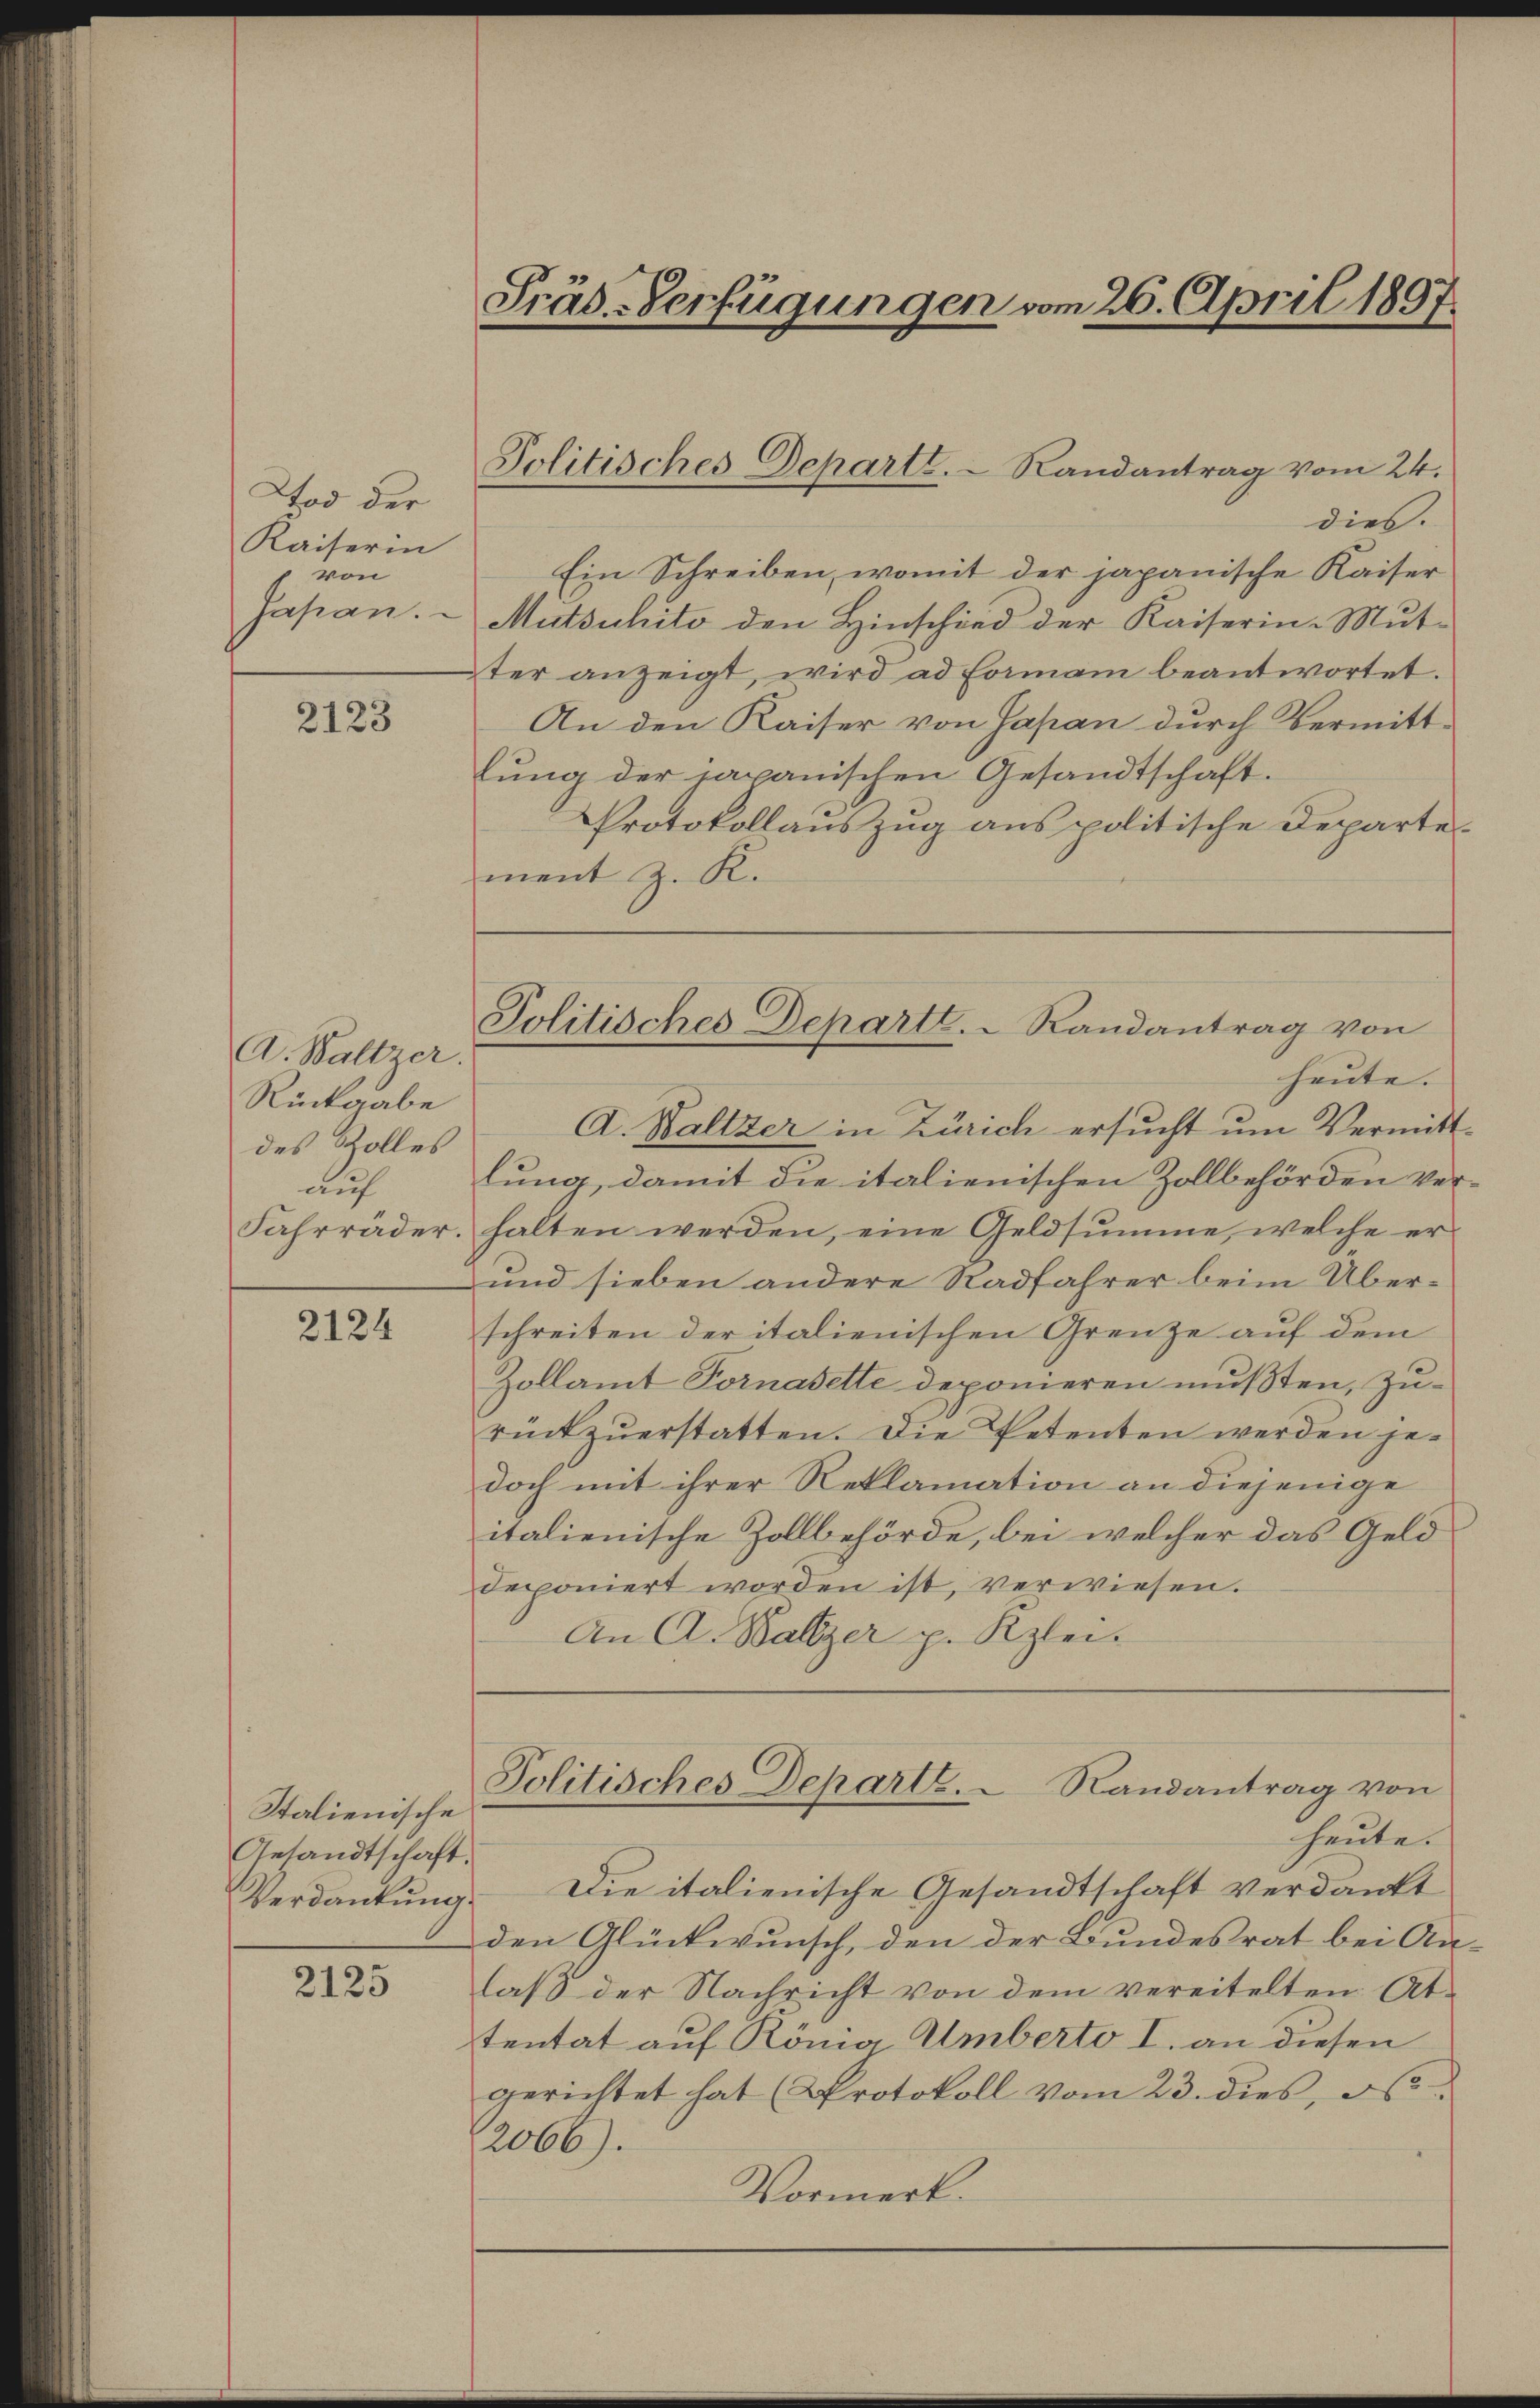
Tod der
Kaiserin
von
Japan.

2123

A. Baltzer.
Rückgabe
des Zolles
auf
Fahrräder.

2124

Italienische
Gesandtschaft.
Verdankung.

2125

ment z. K.

Präd-Verfügungen vom 26. April 1897.

Politisches Departe. - Randantrag vom 24.

dies.
Ein Schreiben, womit der japanische Kaiser
Mutsuhito den Hinschied der Kaiserin-Mutter anzeigt, wird ad Forman beantwortet.
An den Kaiser von Japan durch Vermittlung der capanischen Gesandtschaft.
Protokollauszug aus politische Departe-
A. Kaltzer in Zürich ersucht um Vermittlung, damit die italienischen Zollbehörden verhalten werden, eine Geldsumme, welche er
und sieben andere Radfahrer beim Überschreiten der italienischen Grenze auf dem
Zollamt Fornasette deponieren mußten, zurückzŭerstatten. Die Petenten werden je-
doch mit ihrer Reklamation an diejenige
italienische Zollbehörde, bei welcher das Geld
deponiert worden ist, verwiesen.
An A. Baltzer p. Kzlei-

Politisches Departl. Randantrag von
heute.

Politisches Departe.  Randantrag von

heute.
Die italienische Gesandtschaft verdankt
den Glückwunsch, den der Bundesrat bei An-
laβ der Nachricht von dem vereitelten Attentat auf König Umberto I. an diesen
gerichtet hat (Protokoll vom 23. dies, d
20667.
Vormerk.